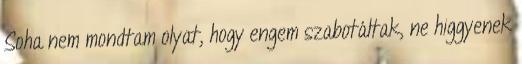
Soha nem mondtam olyat, hogy engem szabotáltak, ne higgyenek